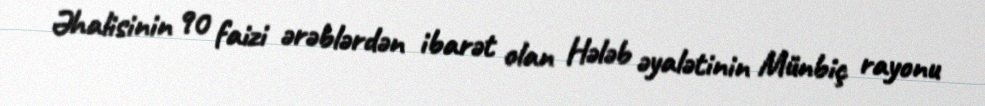
Əhalisinin 90 faizi ərəblərdən ibarət olan Hələb əyalətinin Münbiç rayonu